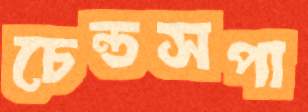
চেন্ডসপা